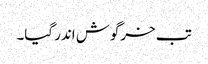
تب خرگوش اندر گیا۔